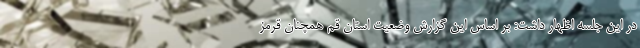
در این جلسه اظهار داشت: بر اساس این گزارش وضعیت استان قم همچنان قرمز